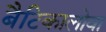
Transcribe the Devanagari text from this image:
बैटिकालोवा